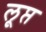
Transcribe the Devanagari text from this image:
लूप्त